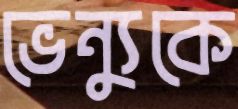
ভেন্যুকে